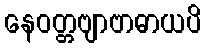
နေဝတ္တဗျာဗာဓာယပိ